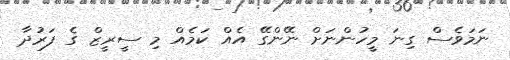
ނަމަވެސް ގިނަ މީހުންނަށް ނޭންގޭ އެއް ކަމެއް މި ސީރީޒް ގެ ފަރުދާ